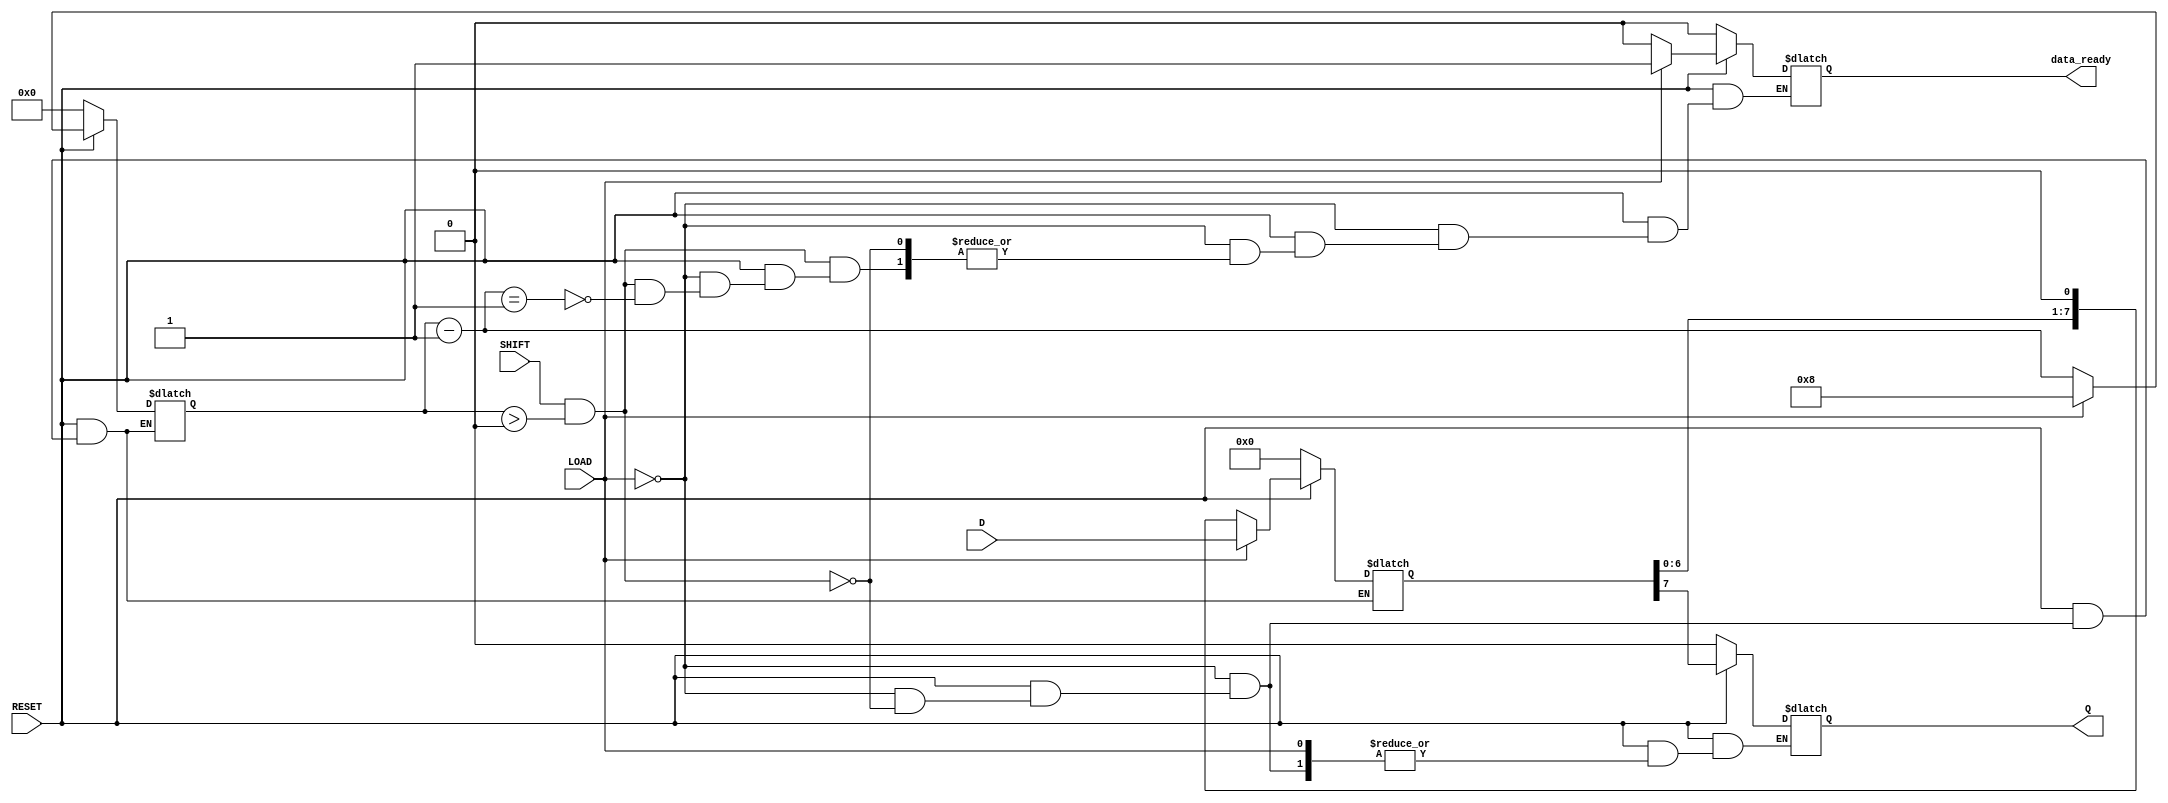
module PISO_Register #(
    parameter N = 8 // Width of the register (number of bits)
)(
    input wire [N-1:0] D,      // Parallel Data Inputs
    input wire LOAD,            // Load Signal
    input wire SHIFT,           // Shift Signal
    input wire RESET,           // Asynchronous Reset
    output reg Q,               // Serial Output
    output reg data_ready       // Data Ready Indicator
);

    reg [N-1:0] shift_reg;      // Internal shift register
    reg [3:0] bit_count;         // Counter for bits shifted out

    // Asynchronous Reset
    always @* begin
        if (!RESET) begin
            shift_reg = 0;       // Clear the shift register
            Q = 0;               // Clear the serial output
            data_ready = 0;      // Clear data ready indicator
            bit_count = 0;       // Reset bit counter
        end else begin
            if (LOAD) begin
                shift_reg = D;    // Load parallel data into shift register
                bit_count = N;    // Set bit count to N (number of bits)
                data_ready = 1;   // Indicate data is ready
            end else if (SHIFT && bit_count > 0) begin
                Q = shift_reg[N-1]; // Output the MSB (or LSB depending on design)
                shift_reg = {shift_reg[N-2:0], 1'b0}; // Shift left
                bit_count = bit_count - 1; // Decrement bit counter
                if (bit_count == 1) begin
                    data_ready = 0; // Clear data ready when all bits are shifted out
                end
            end
        end
    end

endmodule